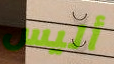
أليس